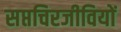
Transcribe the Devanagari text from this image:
सप्तचिरजीवियों